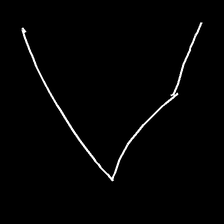
Glyph: region